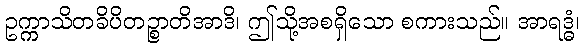
ဥက္ကာသိတခိပိတဉ္စာတိအာဒိ၊ ဤသို့အစရှိသော စကားသည်။ အာရဒ္ဓံ၊